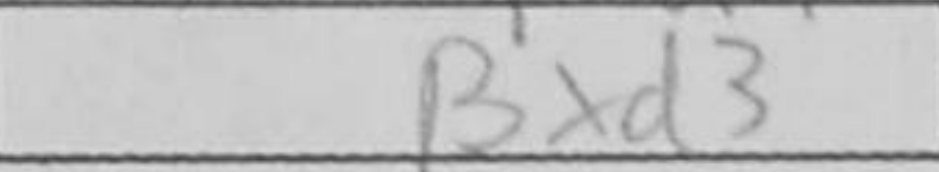
Transcription: Bxd3